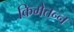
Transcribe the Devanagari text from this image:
किमेतन्न